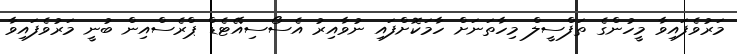
މަރުވެފައިވާ މީހުންގެ ތަފްސީލް މިހާތަނަށް ހާމަކޮށްފައި ނުވާއިރު އެސޯސިއޭޓެޑް ޕްރެސްއިން ބުނީ މަރުވެފައިވާ